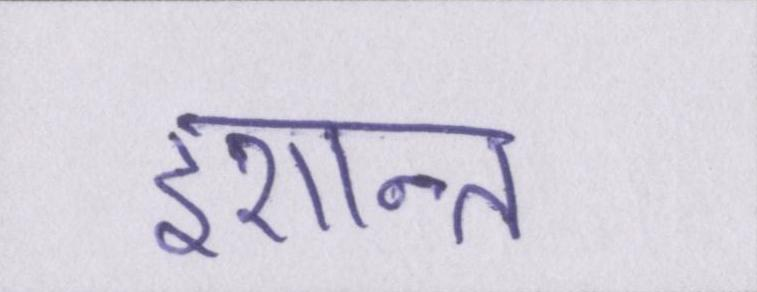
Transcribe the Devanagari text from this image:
इशान्त